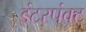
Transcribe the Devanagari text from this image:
इंटरपंक्ट